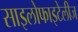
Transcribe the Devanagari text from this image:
साइलोफाइटेलीज